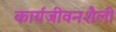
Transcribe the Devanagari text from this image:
कार्यजीवनशैली